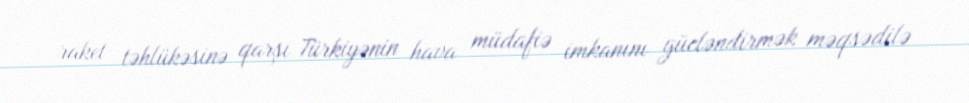
raket təhlükəsinə qarşı Türkiyənin hava müdafiə imkanını gücləndirmək məqsədilə